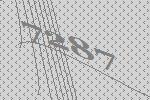
7287